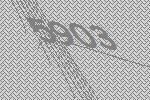
5903